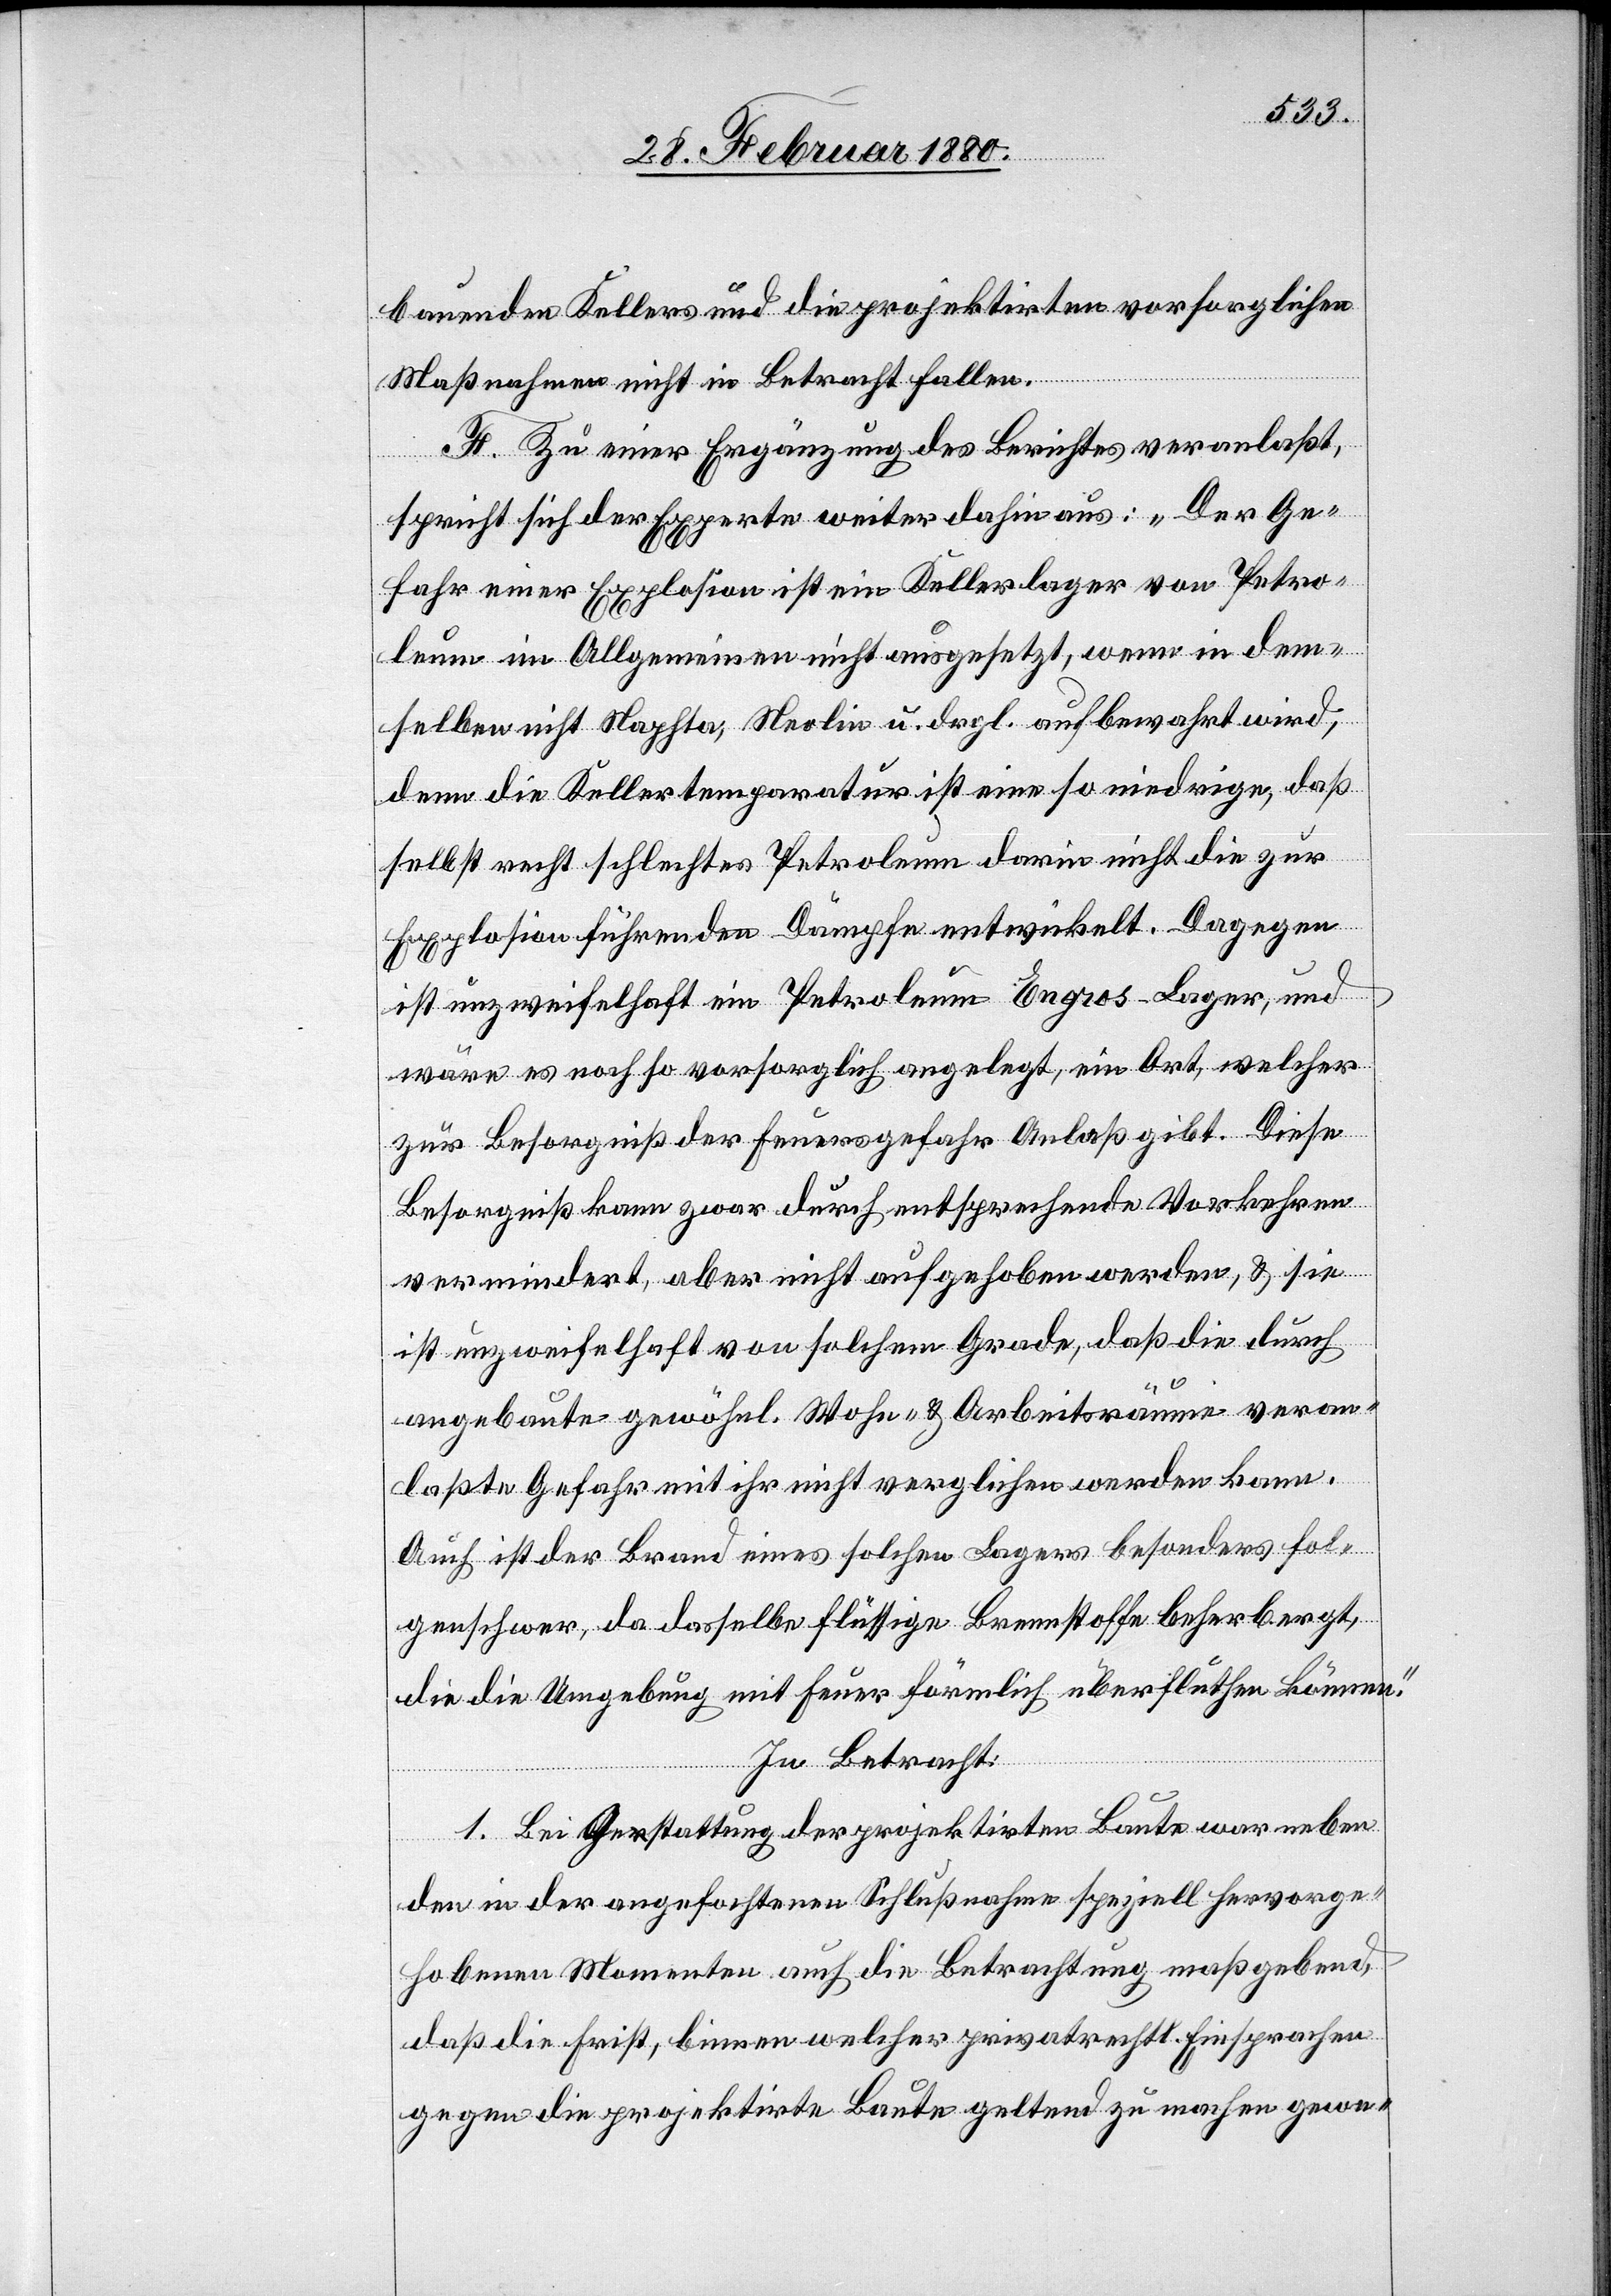
bauenden Kellers und die projektirten vorsorglichen
Maßnahmen nicht in Betracht fallen.
F. Zu einer Ergänzung des Berichtes veranlaßt,
spricht sich der Experte weiter dahin aus: „Der Ge¬
fahr einer Explosion ist ein Kellerlager von Petro¬
leum im Allgemeinen nicht ausgesetzt, wenn in dem¬
selben nicht Naphta, Neolin u. dergl. aufbewahrt wird,
denn die Kellertemperatur ist eine so niedrige, daß
selbst recht schlechtes Petroleum darin nicht die zur
Explosion führenden Dämpfe entwickelt. Dagegen
ist unzweifelhaft ein Petroleum Engros-Lager, und
wäre es noch so vorsorglich angelegt, ein Ort, welcher
zur Besorgniß der Feuergefahr Anlaß gibt. Diese
Besorgniß kann zwar durch entsprechende Vorkehren
vermindert, aber nicht aufgehoben werden, & sie
ist unzweifelhaft von solchem Grade, daß die durch
angebaute gewöhnl. Wohn- & Arbeitsräume veran¬
laßte Gefahr mit ihr nicht verglichen werden kann.
Auch ist der Brand eines solchen Lagers besonders fol¬
genschwer, da dasselbe flüssige Brennstoffe beherbergt,
die die Umgebung mit Feuer förmlich überfluthen können.“
In Betracht:
1. Bei Erstellung der projektirten Baute war neben
den in der angefochtenen Schlußnahme speziell hervorge¬
hebenen Momenten auch die Betrachtung maßgebend,
daß die Frist, binnen welcher privatrechtl. Einsprachen
gegen die projektirte Baute geltend zu machen gewe-